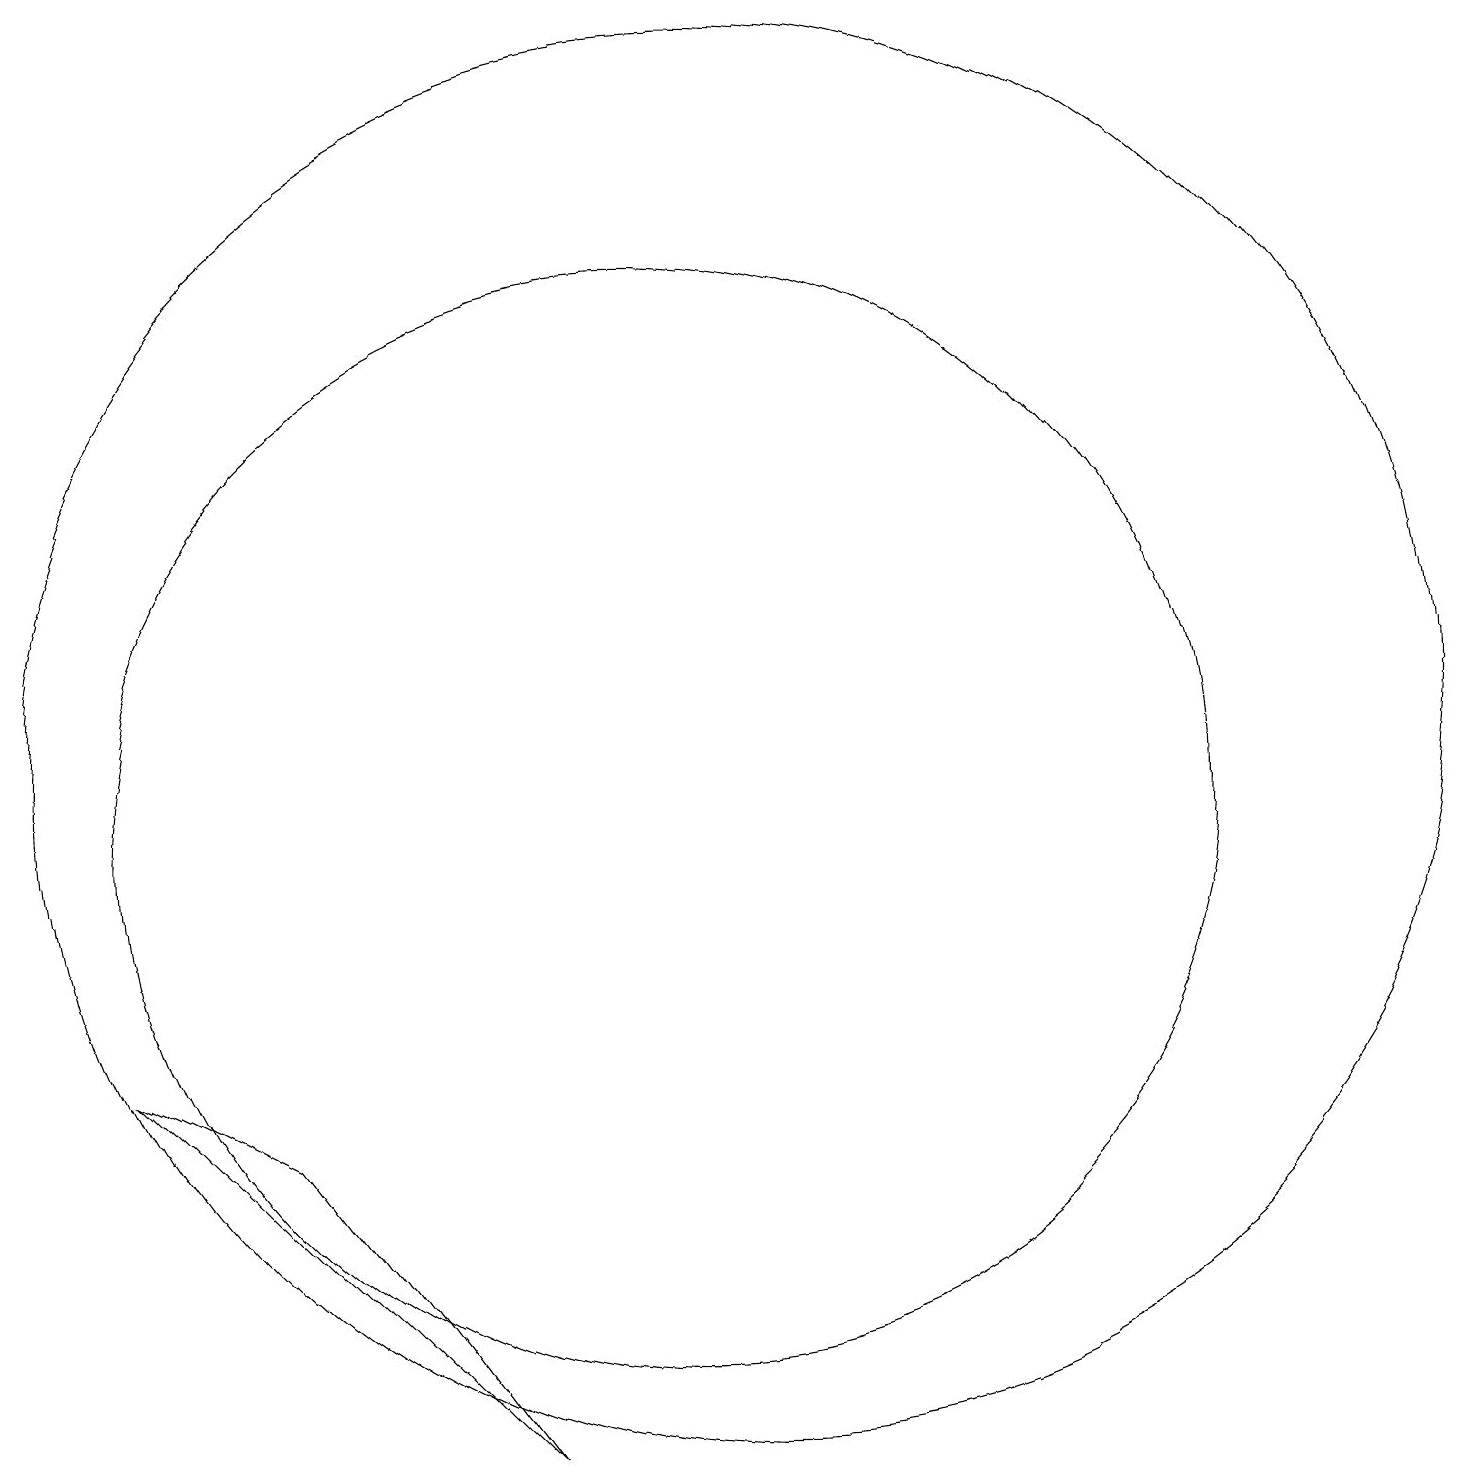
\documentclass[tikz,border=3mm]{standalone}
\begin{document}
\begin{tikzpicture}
\draw (10,10) circle (7);
\draw (11,11) circle (9);
\draw (8,2) -- (3,7) -- (5,6) -- cycle;
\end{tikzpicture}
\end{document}